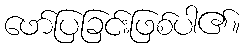
ဖော်ပြခြင်းဖြစ်ပါ၏။